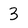
Character: 3